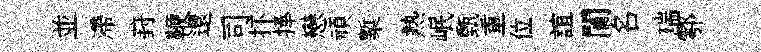
並滯葑鞭還司抔捧戀頑槧熱岷甄重位誼闠名瑞鄠